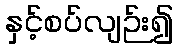
နှင့်စပ်လျဉ်း၍